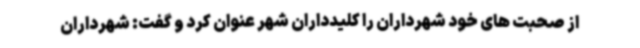
از صحبت های خود شهرداران را کلیدداران شهر عنوان کرد و گفت: شهرداران